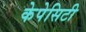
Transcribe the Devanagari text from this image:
केपेसिटी